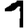
Digit: 1